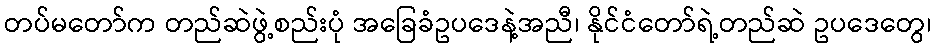
တပ်မတော်က တည်ဆဲဖွဲ့စည်းပုံ အခြေခံဥပဒေနဲ့အညီ၊ နိုင်ငံတော်ရဲ့တည်ဆဲ ဥပဒေတွေ၊